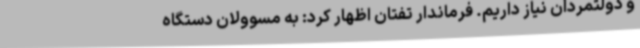
و دولتمردان نیاز داریم. فرماندار تفتان اظهار کرد: به مسوولان دستگاه